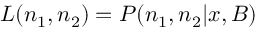
{ \cal L } ( n _ { 1 } , n _ { 2 } ) = P ( n _ { 1 } , n _ { 2 } | x , B )